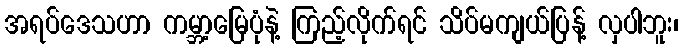
အရပ်ဒေသဟာ ကမ္ဘာ့မြေပုံနဲ့ ကြည့်လိုက်ရင် သိပ်မကျယ်ပြန့် လှပါဘူး၊